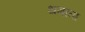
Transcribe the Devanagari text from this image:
थमाता